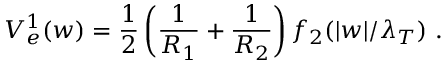
V _ { e } ^ { 1 } ( w ) = \frac { 1 } { 2 } \left( \frac { 1 } { R _ { 1 } } + \frac { 1 } { R _ { 2 } } \right) f _ { 2 } ( | w | / \lambda _ { T } ) ~ .